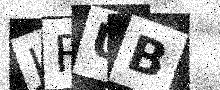
Text: JRUB